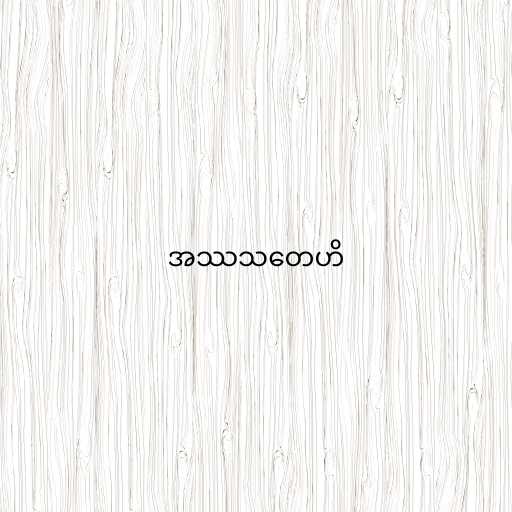
အဿသတေဟိ